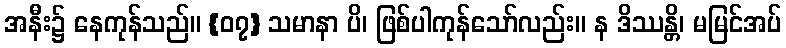
အနီး၌ နေကုန်သည်။ {၀၇} သမာနာ ပိ၊ ဖြစ်ပါကုန်သော်လည်း။ န ဒိဿန္တိ၊ မမြင်အပ်